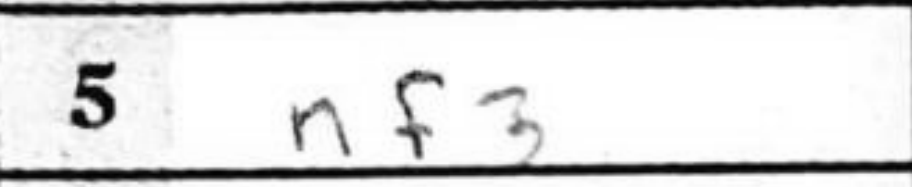
Transcription: Nf3